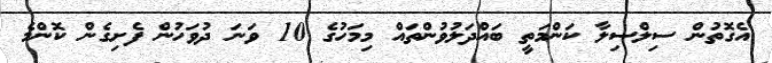
އެގޮތުން ސިލްސިލާ ކަންމަތީ ބައްދަލުވުންތައް މިމަހުގެ 10 ވަނަ ދުވަހުން ފެށިގެން ކޮންމެ